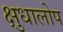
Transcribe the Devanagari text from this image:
क्षुधालोप